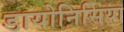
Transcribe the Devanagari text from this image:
डायोनिसिया